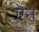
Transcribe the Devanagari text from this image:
ऎन